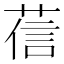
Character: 𦴩